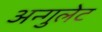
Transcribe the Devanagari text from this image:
अन्गुलेट